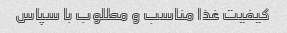
کیفیت غذا مناسب و مطلوب با سپاس